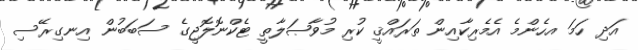
އަދި ހަމަ އހެންމެ އެމެރިކާއިން ތަރައްޤީ ކުރި މުވާޞަލާތީ ޓެކްނޮލޮޖީގެ ސަބަބުން އިނގިރޭސި